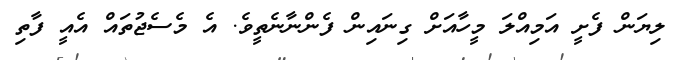
ލިޔަން ފެށީ އަމިއްލަ މީހާއަށް ގިނައިން ފެންނާނެތީވެ. އެ މެސެޖުތައް އެއީ ފާތި